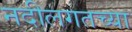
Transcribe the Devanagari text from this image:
नदीलगतच्या